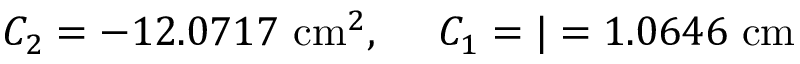
C _ { 2 } = - 1 2 . 0 7 1 7 \ \mathrm { c m } ^ { 2 } , \ \ \ \ C _ { 1 } = \vert = 1 . 0 6 4 6 \ \mathrm { c m }